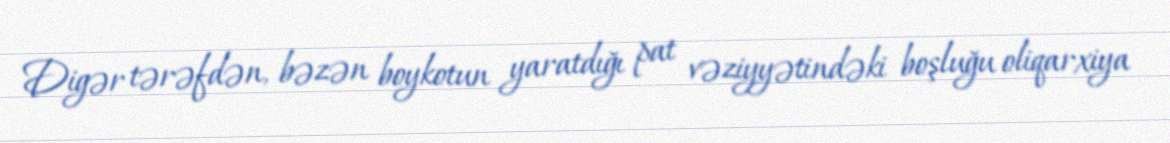
Digər tərəfdən, bəzən boykotun yaratdığı pat vəziyyətindəki boşluğu oliqarxiya